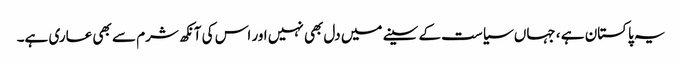
یہ پاکستان ہے ، جہاں سیاست کے سینے میں دل بھی نہیں اور اس کی آنکھ شرم سے بھی عاری ہے۔